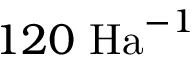
1 2 0 \ \mathrm { H a } ^ { - 1 }